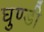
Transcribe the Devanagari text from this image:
घुण्डी